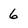
Character: 6